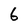
Character: 6